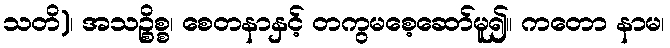
သတိ)၊ အသဉ္စိစ္စ၊ စေတနာနှင့် တကွမစေ့ဆော်မူ၍။ ကတော နာမ၊